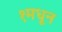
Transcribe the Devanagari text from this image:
१मधून